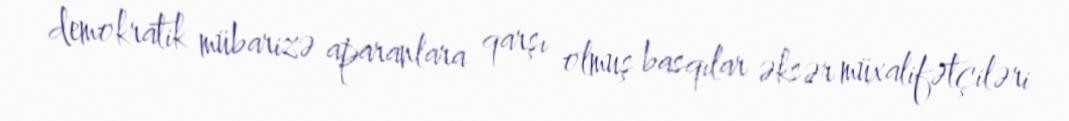
demokratik mübarizə aparanlara qarşı olmuş basqılar əksər müxalifətçiləri